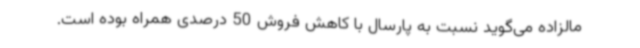
مالزاده می‌گوید نسبت به پارسال با کاهش فروش 50 درصدی همراه بوده است.